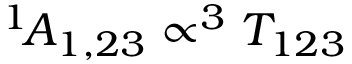
^ { 1 \! } { \cal A } _ { 1 , 2 3 } \propto ^ { 3 } T _ { 1 2 3 }